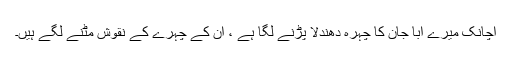
اچانک میرے ابا جان کا چہرہ دھندلا پڑنے لگا ہے ، ان کے چہرے کے نقوش مٹنے لگے ہیں۔